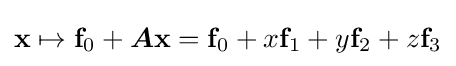
\mathbf {x} \mapsto \mathbf {f} _{0}+{\boldsymbol {A}}\mathbf {x} =\mathbf {f} _{0}+x\mathbf {f} _{1}+y\mathbf {f} _{2}+z\mathbf {f} _{3}